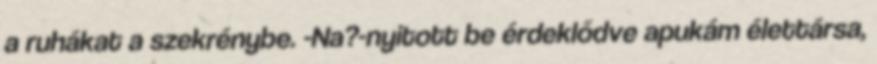
a ruhákat a szekrénybe. -Na?-nyitott be érdeklődve apukám élettársa,